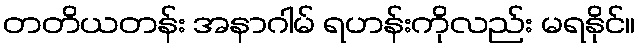
တတိယတန်း အနာဂါမ် ရဟန်းကိုလည်း မရနိုင်။